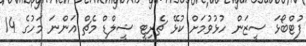
ފުޓްބޯޅަ ސީޒަން ހުޅުވުމަށް ކުޅޭ ޗެރިޓީ ޝީލްޑް މެޗް އަންނަ މަހުގެ 14